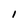
Character: 1